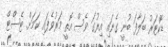
ޑޮކްޓަރު ބަލާފަ ބުނީ ގެނައި އިރުގަ ވެސް އޮތީ މަރުވެފައި ކަމަށް. ޓެސްޓް